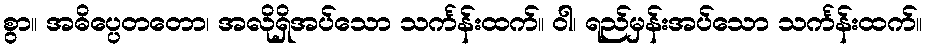
စွာ။ အဓိပ္ပေတတော၊ အလိုရှိအပ်သော သင်္ကန်းထက်။ ဝါ၊ ရည်မှန်းအပ်သော သင်္ကန်းထက်။